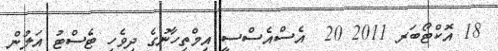
18 އޮކްޓޯބަރ 2011 20  އެސްއެސްސީ އިމްތިހާނުގެ ދިވެހި ޓެސްޓު އަލުން